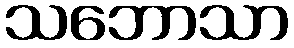
သဘောသာ